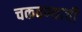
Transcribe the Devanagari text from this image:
चकवण्याची